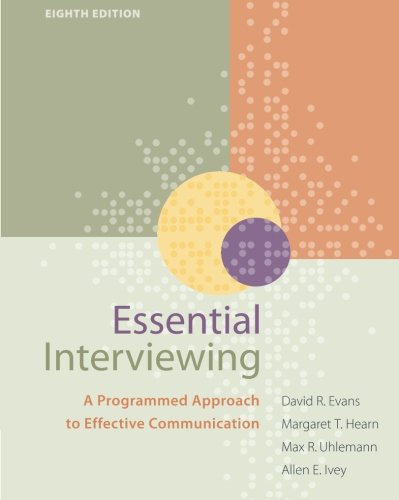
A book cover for Essential Interviewing: A Programmed Approach to Effective Communication (HSE 123 Interviewing Techniques); David R. Evans; Medical Books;